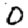
Digit: 0